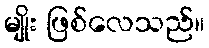
မျိုး ဖြစ်လေသည်။